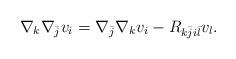
LaTeX: \begin{align*}\nabla_k\nabla_{\bar{j}}v_i=\nabla_{\bar{j}}\nabla_kv_i-R_{k{\bar{j}}i{\bar{l}}}v_l.\end{align*}